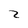
Character: Z